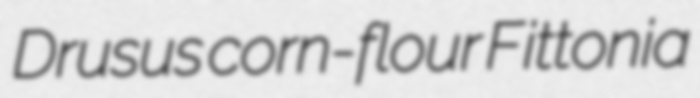
Drusus corn-flour Fittonia